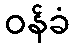
ဝန်ခံ